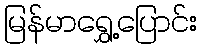
မြန်မာရွှေ့ပြောင်း